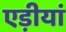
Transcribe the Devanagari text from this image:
एड़ीयां